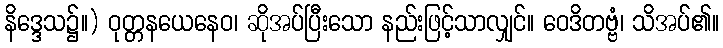
နိဒ္ဒေသ၌။) ဝုတ္တနယေနေဝ၊ ဆိုအပ်ပြီးသော နည်းဖြင့်သာလျှင်။ ဝေဒိတဗ္ဗံ၊ သိအပ်၏။